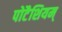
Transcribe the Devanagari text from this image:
पोटैशियम्‌